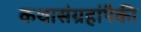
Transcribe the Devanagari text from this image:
कथासंग्रहांपैकी